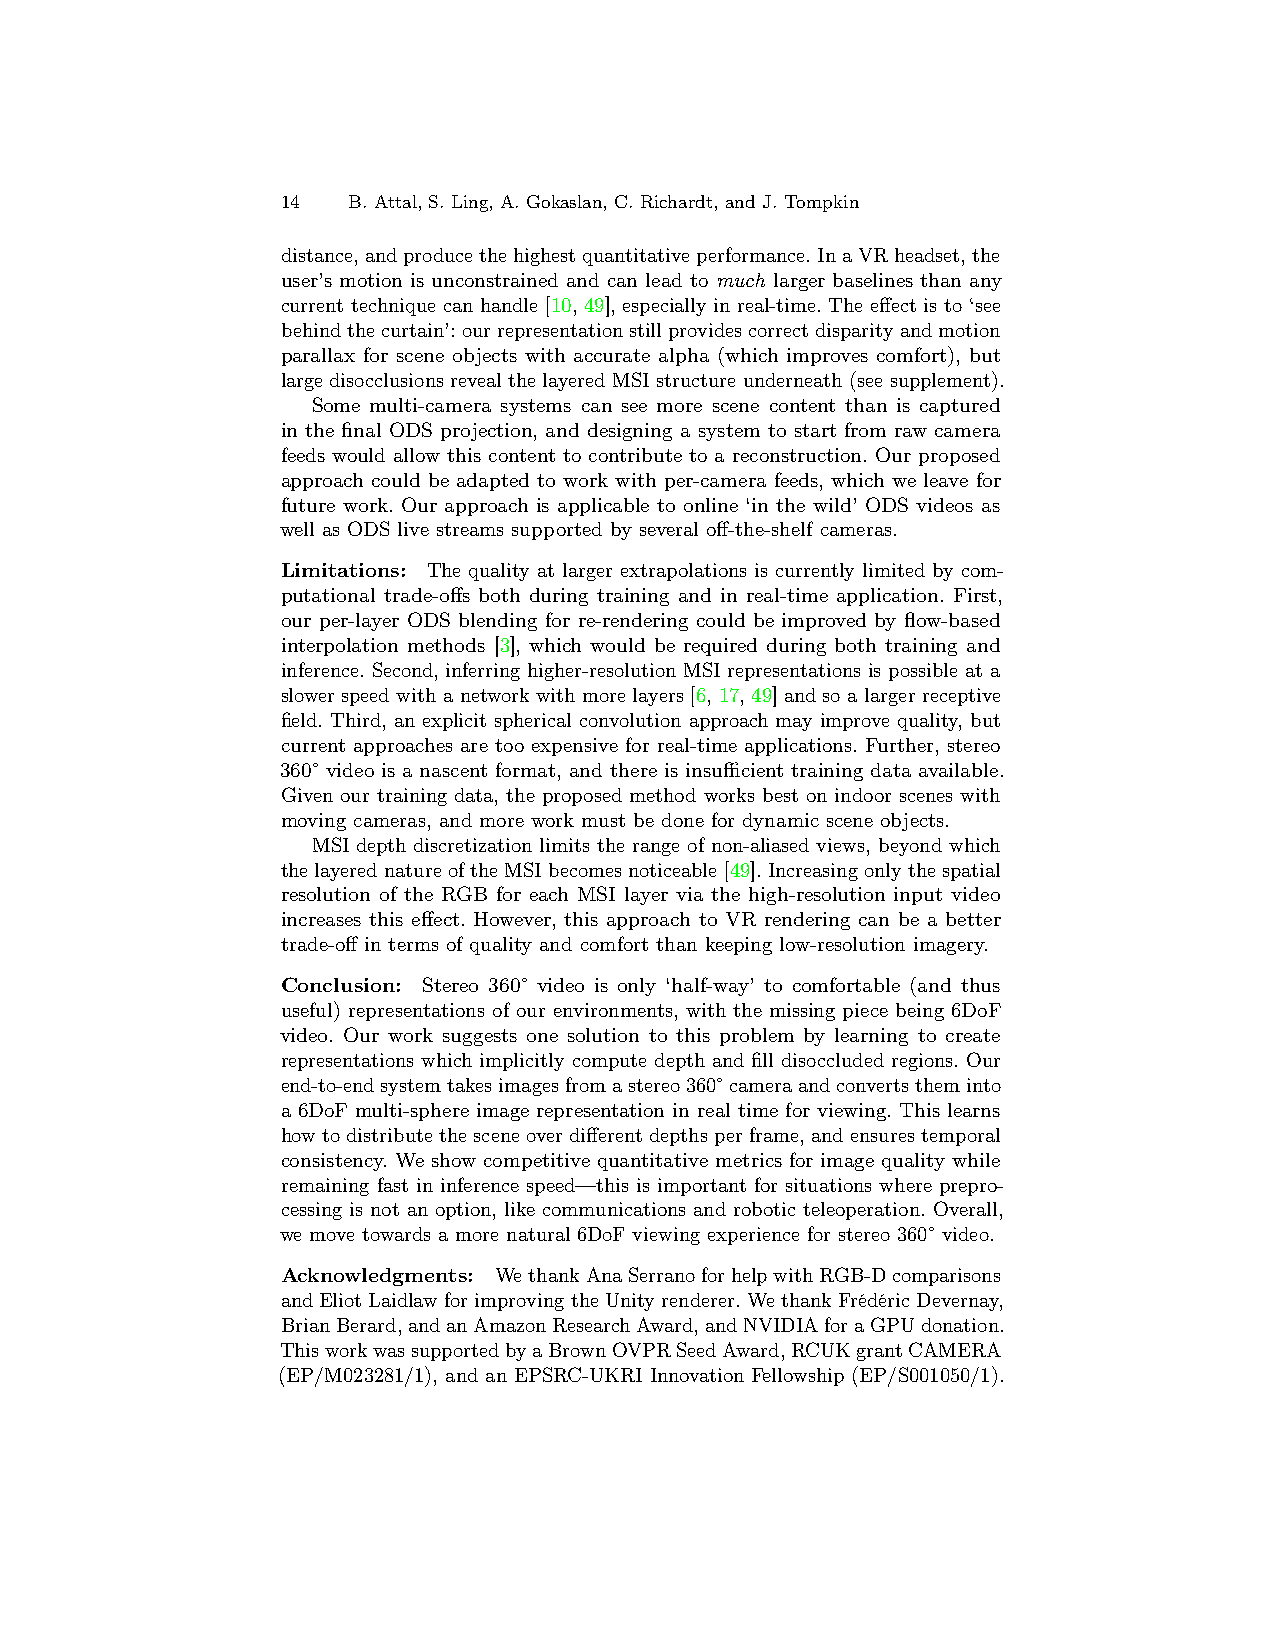
14  B. Attal, S. Ling, A. Gokaslan, C. Richardt, and J. Tompkin
 distance,andproducethehighestquantitativeperformance.InaVRheadset,the
 user’s motion is unconstrained and can lead to much larger baselines than any
 current technique can handle [10, 49], especially in real-time. The effect is to ‘see
 behindthecurtain’:ourrepresentationstillprovidescorrectdisparityandmotion
 parallax for scene objects with accurate alpha (which improves comfort), but
 large disocclusions reveal the layered MSI structure underneath (see supplement).
 Some multi-camera systems can see more scene content than is captured
 in the final ODS projection, and designing a system to start from raw camera
 feeds would allow this content to contribute to a reconstruction. Our proposed
 approach could be adapted to work with per-camera feeds, which we leave for
 future work. Our approach is applicable to online ‘in the wild’ ODS videos as
 well as ODS live streams supported by several off-the-shelf cameras.
 Limitations: The quality at larger extrapolations is currently limited by com-
 putational trade-offs both during training and in real-time application. First,
 our per-layer ODS blending for re-rendering could be improved by flow-based
 interpolation methods [3], which would be required during both training and
 inference. Second, inferring higher-resolution MSI representations is possible at a
 slower speed with a network with more layers [6, 17, 49] and so a larger receptive
 field. Third, an explicit spherical convolution approach may improve quality, but
 current approaches are too expensive for real-time applications. Further, stereo
 360° video is a nascent format, and there is insufficient training data available.
 Given our training data, the proposed method works best on indoor scenes with
 moving cameras, and more work must be done for dynamic scene objects.
 MSI depth discretization limits the range of non-aliased views, beyond which
 thelayerednatureoftheMSIbecomesnoticeable[49].Increasingonlythespatial
 resolution of the RGB for each MSI layer via the high-resolution input video
 increases this effect. However, this approach to VR rendering can be a better
 trade-off in terms of quality and comfort than keeping low-resolution imagery.
 Conclusion: Stereo 360° video is only ‘half-way’ to comfortable (and thus
 useful) representations of our environments, with the missing piece being 6DoF
 video. Our work suggests one solution to this problem by learning to create
 representations which implicitly compute depth and fill disoccluded regions. Our
 end-to-endsystemtakesimagesfromastereo360°cameraandconvertstheminto
 a 6DoF multi-sphere image representation in real time for viewing. This learns
 howtodistribute thescene overdifferentdepths per frame,andensures temporal
 consistency. We show competitive quantitative metrics for image quality while
 remaining fast in inference speed—this is important for situations where prepro-
 cessing is not an option, like communications and robotic teleoperation. Overall,
 we move towards a more natural 6DoF viewing experience for stereo 360° video.
 Acknowledgments: WethankAnaSerranoforhelpwithRGB-Dcomparisons
 andEliotLaidlawforimprovingtheUnityrenderer.WethankFrédéricDevernay,
 BrianBerard,andanAmazonResearchAward,andNVIDIAforaGPUdonation.
 ThisworkwassupportedbyaBrownOVPRSeedAward,RCUKgrantCAMERA
 (EP/M023281/1), and an EPSRC-UKRI Innovation Fellowship (EP/S001050/1).